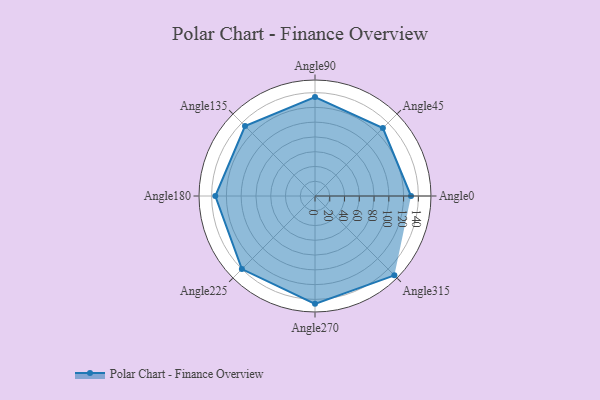
{"axis": {"x": "Angle", "y": "Radius"}, "legend": [""], "data": [{"x": "Angle0", "y": 130.0, "type": ""}, {"x": "Angle45", "y": 130.0, "type": ""}, {"x": "Angle90", "y": 134.0, "type": ""}, {"x": "Angle135", "y": 134.0, "type": ""}, {"x": "Angle180", "y": 135.0, "type": ""}, {"x": "Angle225", "y": 140.0, "type": ""}, {"x": "Angle270", "y": 146.0, "type": ""}, {"x": "Angle315", "y": 152.0, "type": ""}]}